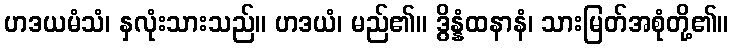
ဟဒယမံသံ၊ နှလုံးသားသည်။ ဟဒယံ၊ မည်၏။ ဒွိန္နံထနာနံ၊ သားမြတ်အစုံတို့၏။